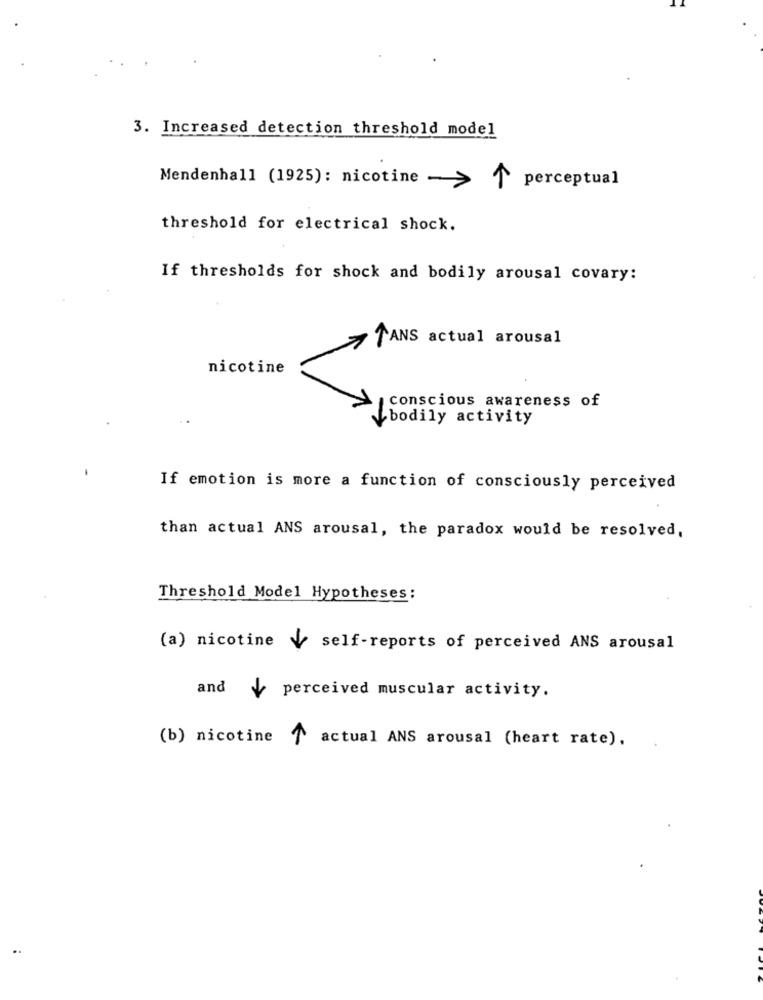
3. Increased detection threshold model
perceptual
Mendenhall (1925): nicotine -> 1
threshold for electrical shock.
If thresholds for shock and bodily arousal covary:
TANS actual arousal
nicotine
conscious awareness of
[bodily activity
If emotion is more a function of consciously perceived
than actual ANS arousal, the paradox would be resolved,
Threshold Model Hypotheses :
(a) nicotine \ self-reports of perceived ANS arousal
and \ perceived muscular activity.
(b) nicotine ₱
actual ANS arousal (heart rate).